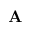
\mathbf { A }